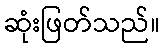
ဆုံးဖြတ်သည်။